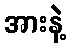
အားနဲ့